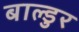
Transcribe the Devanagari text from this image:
बाल्डुर